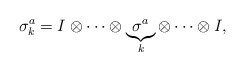
\begin{align*}\sigma_{k}^{a}= I \otimes \cdots \otimes\underbrace{\sigma^{a}}_{k}\otimes \cdots \otimes I,\end{align*}